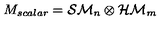
M _ { s c a l a r } = { \cal S M } _ { n } \otimes { \cal H M } _ { m }